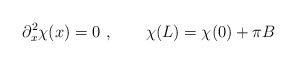
\begin{align*}\partial_x^2\chi(x)=0 \ , \qquad \chi(L)= \chi(0)+ \pi B\end{align*}